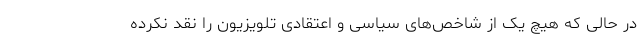
در حالی که هیچ یک از شاخص‌های سیاسی و اعتقادی تلویزیون را نقد نکرده